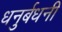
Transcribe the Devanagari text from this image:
धनुर्बधनी